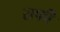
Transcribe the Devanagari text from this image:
राफी